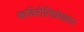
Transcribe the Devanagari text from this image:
कविरीतिग्रंथकार